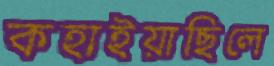
কহাইয়াছিলে